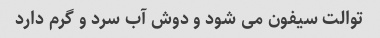
توالت سیفون می شود و دوش آب سرد و گرم دارد